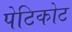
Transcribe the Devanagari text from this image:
पेटिकोट